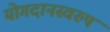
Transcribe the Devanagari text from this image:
योगदानस्वरुप